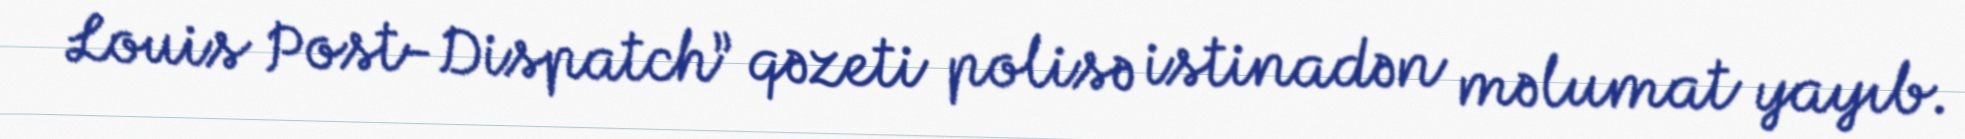
Louis Post-Dispatch” qəzeti polisə istinadən məlumat yayıb.